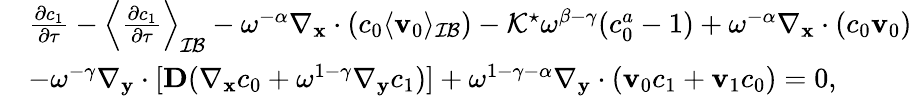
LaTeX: \begin{array}{rl}&{\frac{\partial c_{1}}{\partial\tau}-\left\langle\frac{\partial c_{1}}{\partial\tau}\right\rangle_{\mathcal{IB}}-\omega^{-\alpha}\nabla_{\mathbf x}\cdot(c_{0}\langle\mathbf v_{0}\rangle_{\mathcal{IB}})-\mathcal{K}^{\star}\omega^{\beta-\gamma}(c_{0}^{a}-1)+\omega^{-\alpha}\nabla_{\mathbf x}\cdot(c_{0}\mathbf v_{0})}\\ &{-\omega^{-\gamma}\nabla_{\mathbf y}\cdot[\textbf{D}(\nabla_{\mathbf x}c_{0}+\omega^{1-\gamma}\nabla_{\mathbf y}c_{1})]+\omega^{1-\gamma-\alpha}\nabla_{\mathbf y}\cdot(\mathbf v_{0}c_{1}+\mathbf v_{1}c_{0})=0,}\end{array}